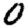
Digit: 0